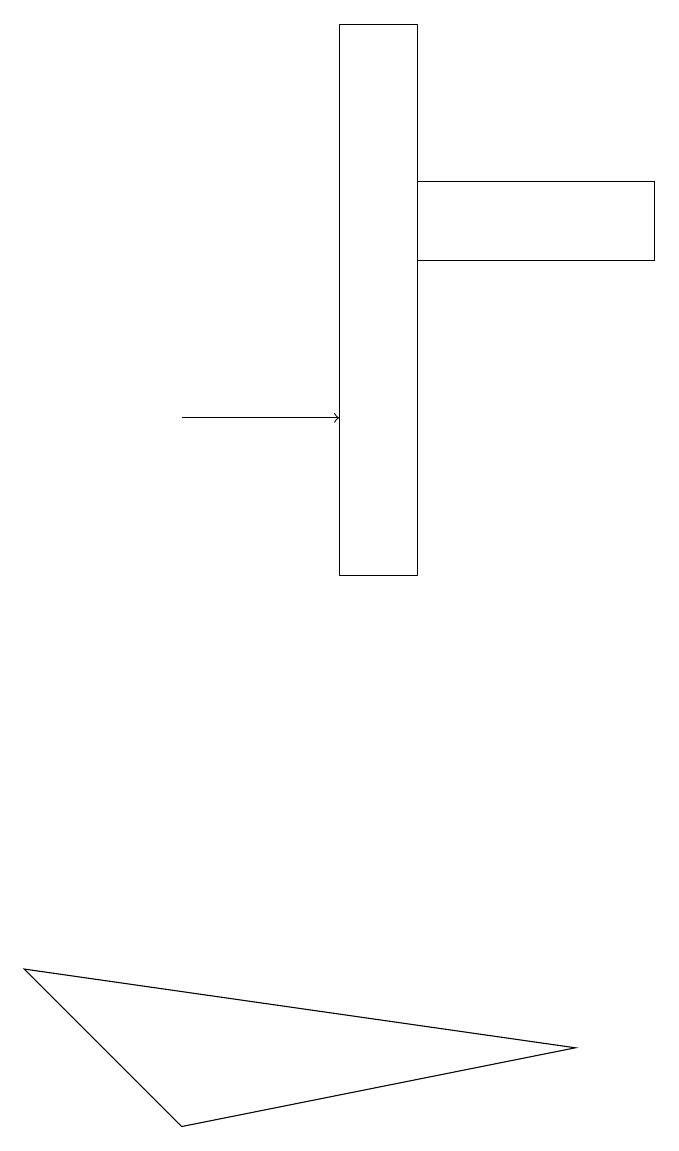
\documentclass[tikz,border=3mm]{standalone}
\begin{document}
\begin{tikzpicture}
\draw[->] (3,14) -- (5,14);
\draw (8,6) -- (1,7) -- (3,5) -- cycle;
\draw (9,17) rectangle (6,16);
\draw (6,19) rectangle (5,12);
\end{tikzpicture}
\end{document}